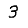
Digit: 3